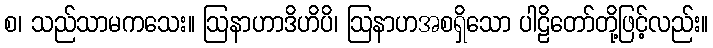
စ၊ သည်သာမကသေး။ ဩနာဟာဒိဟိပိ၊ ဩနာဟအစရှိသော ပါဠိတော်တို့ဖြင့်လည်း။